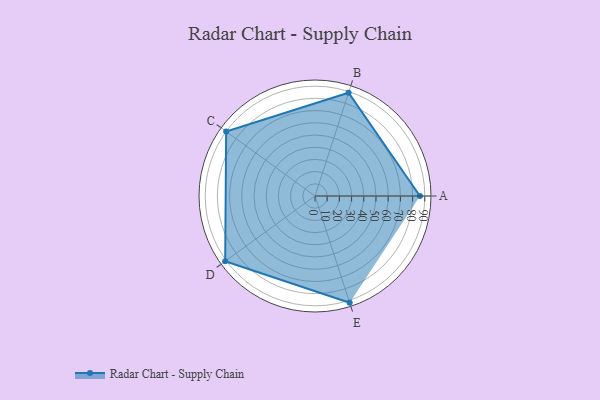
{"axis": {"x": "Skill", "y": "Score"}, "legend": ["Profile"], "data": [{"x": "A", "y": 86.0, "type": "Profile"}, {"x": "B", "y": 89.0, "type": "Profile"}, {"x": "C", "y": 90.0, "type": "Profile"}, {"x": "D", "y": 91.0, "type": "Profile"}, {"x": "E", "y": 92.0, "type": "Profile"}]}